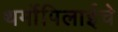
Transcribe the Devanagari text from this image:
थर्मोपिलाईचे